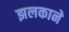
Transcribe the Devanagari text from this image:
झलकाने